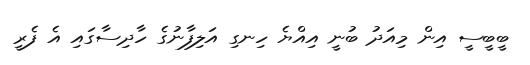
ބީބީސީ އިން މިއަދު ބުނީ އިއްޔެ ހިނގި އަލިފާނުގެ ހާދިސާގައި އެ ފެރީ